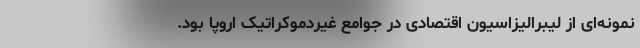
نمونه‌ای از لیبرالیزاسیون اقتصادی در جوامع غیردموکراتیک اروپا بود.